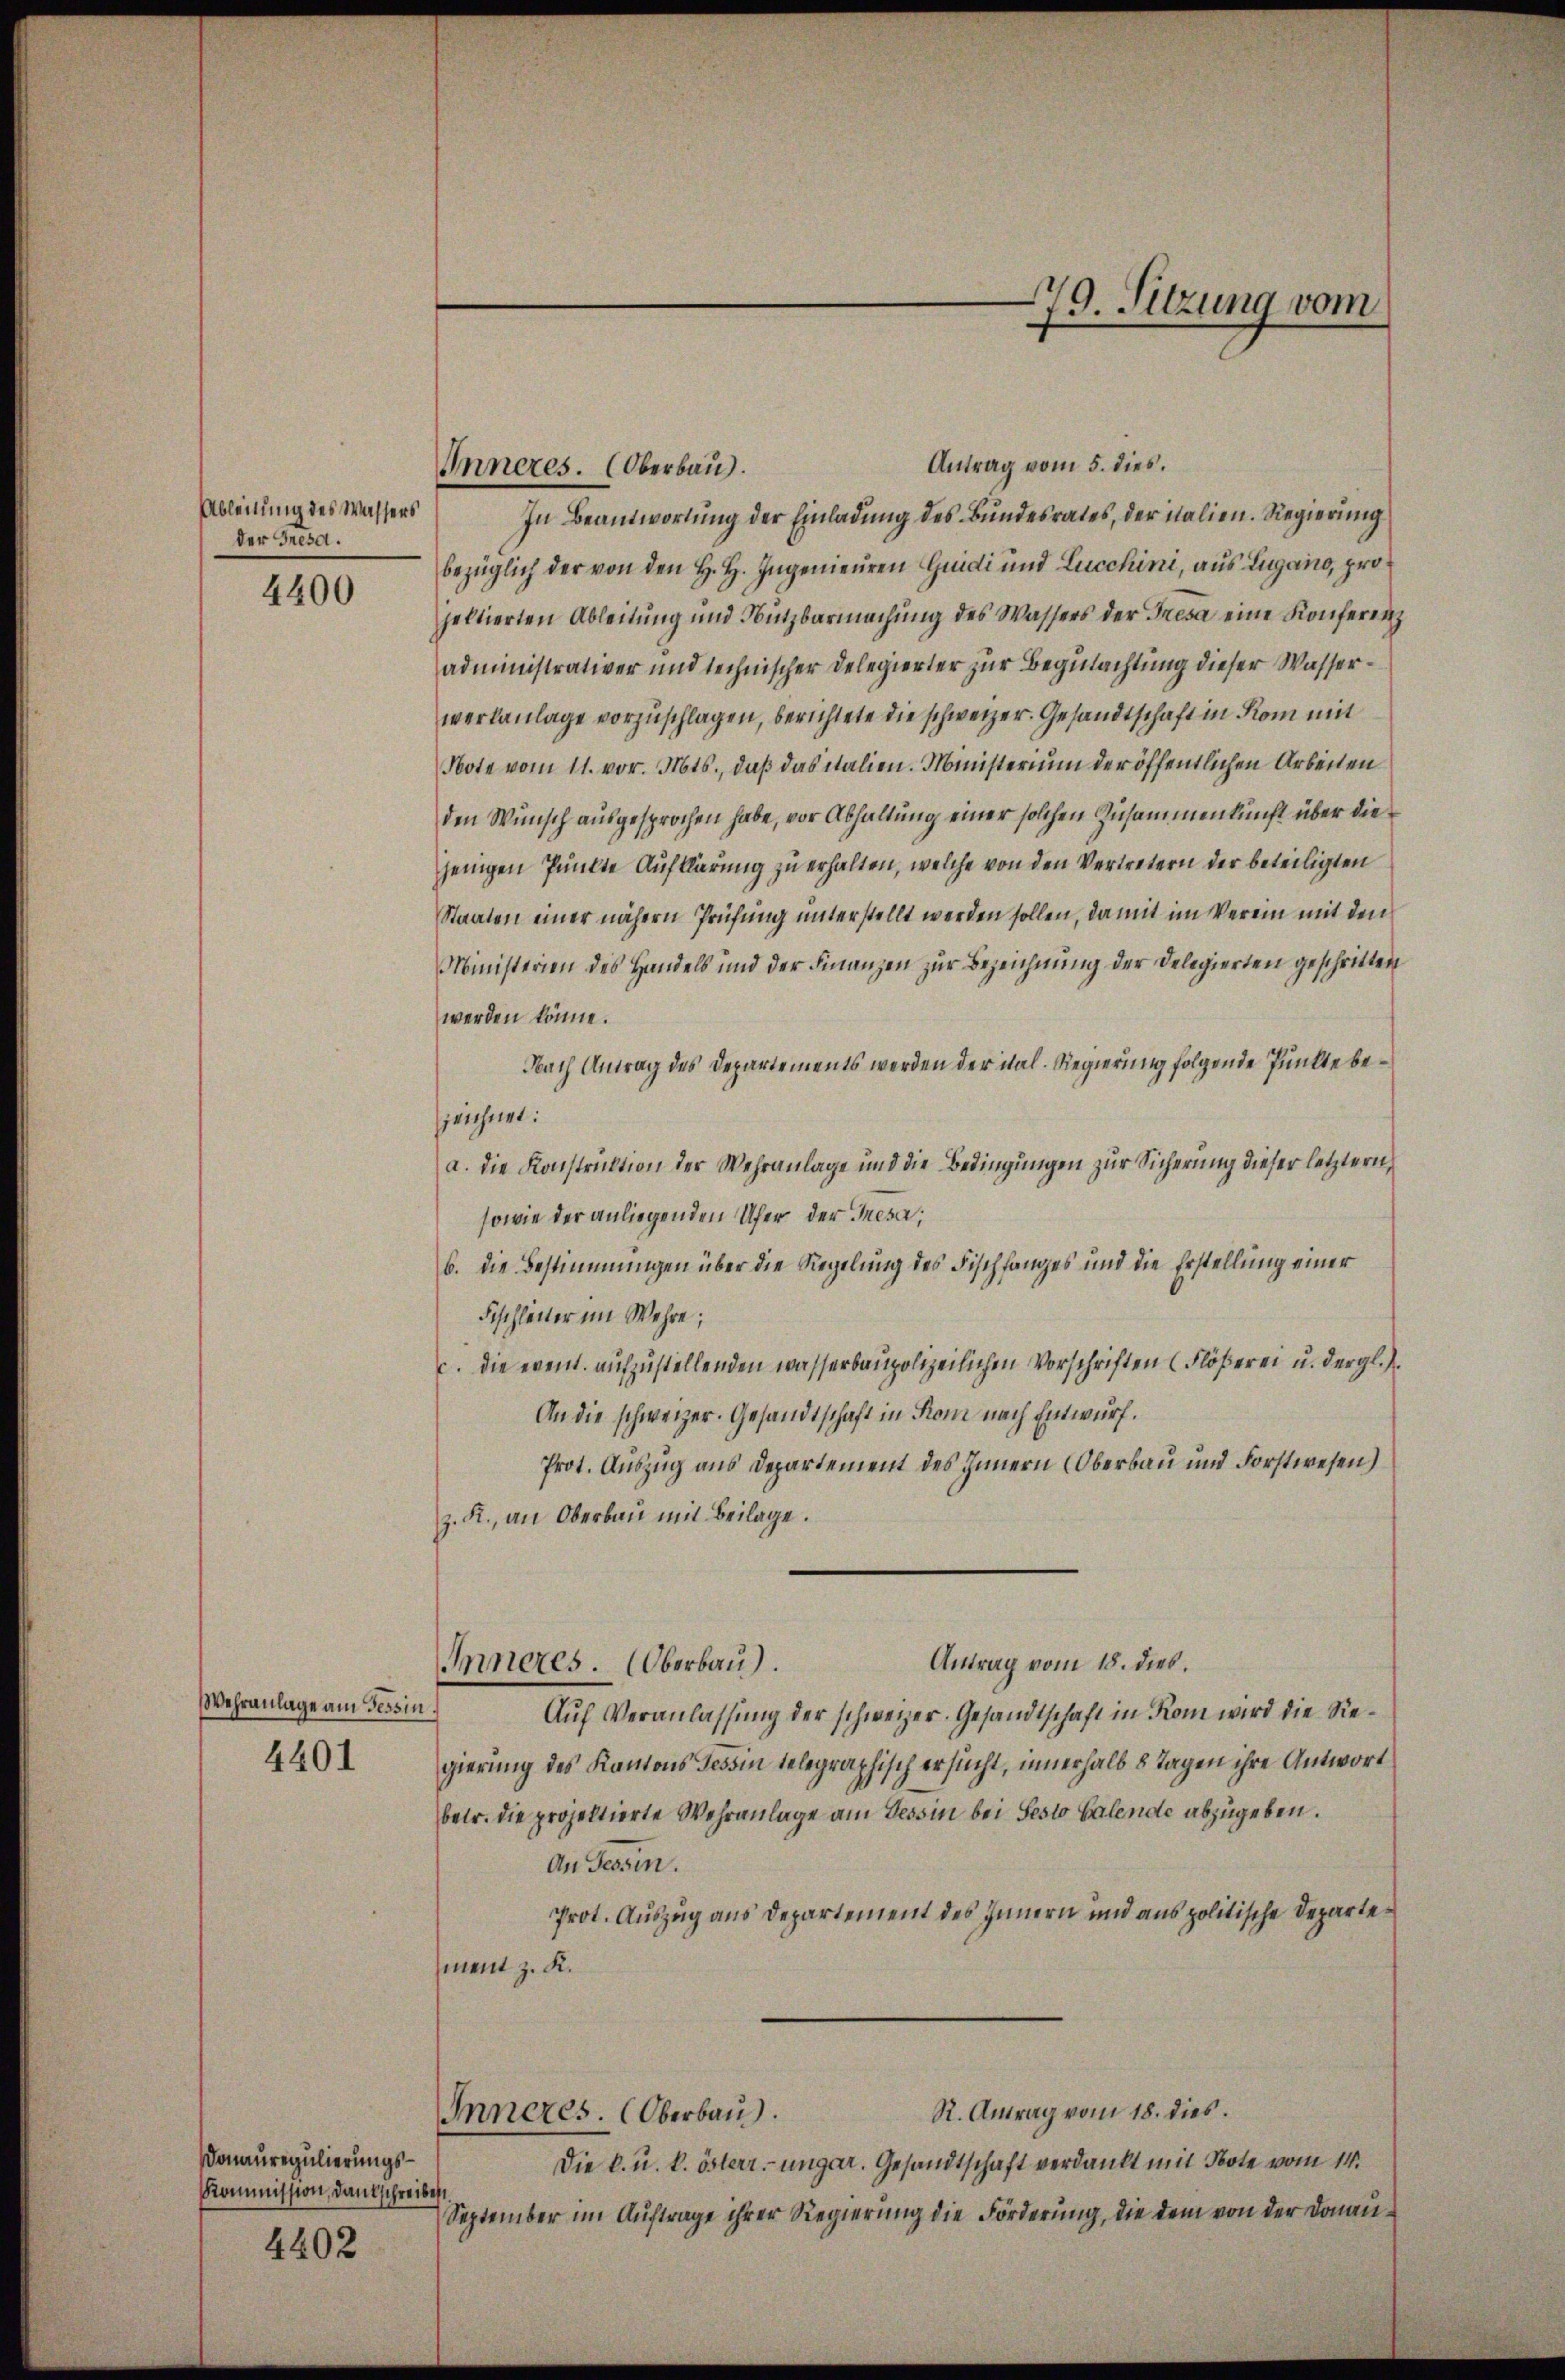
4400

Wehranlage am Tessin.

4401

Donauregulierungs¬
Kommission, Dankschreibe
4402

Ableitung des Wassers
der Tresa.

Antrag vom 5. dies.
Inneres. (Oberbau
In Beantwortung der Einladung des Bundesrates, der nalien. Regierung
bezüglich der von den H. H. Ingenieuren Grundi und Lucchini, aus Lugano, projeltierten Ableitung und Nutzbarmachung des Wassers der Tresa eine Konferenz
administrativer und technischer Delegierter zur Begutachtung dieser Wasserwerkanlage vorzuschlagen, berichtete die schweizer. Gesandtschaft in Rom mit
Note vom 11. vor. Mts., daß das italien. Ministerium der öffentlichen Arbeiten
den Wunsch ausgesprochen habe, vor Abhaltung einer solchen Zusammenkunft über die
jenigen Punkte Aufklärung zu erhalten, welche von den Vertretern der beteiligten
Staaten einer nähern Prüfung unterstellt werden sollen, damit im Verein mit den
Ministerien des Handels und der Finanzen zur Bezeichnung der Delegierten geschritten
werden könne.
Nach Antrag des Departements werden der ital. Regierung folgende Punkte bezzeichnet:
a. die Konstruktion der Wehranlage und die Bedingungen zur Sicherung dieser letztern,
sowie der anliegenden Ufer der Inesa;
b. die Bestimmungen über die Regelung des Fischfanges und die Erstellung einer
Fischleiter im Wehre;
c. die event. aufzustellenden wasserbaupolizeilichen Vorschriften (Flößerei u. dergl.
An die schweizer. Gesandtschaft in Rom nach Entwurf.
Prot. Auszug aus Departement des Innern Oberbau und Forstwesen)
z. R., an Oberbau mit Beilage.
Antrag vom 18. dies.
Inneres. Oberbau).
Auf Veranlassung der schweizer. Gesandtschaft in Rom wird die Regierung des Kantons Tessin telegraphisch ersucht, innerhalb 8 Tagen ihre Antwort
betr. die projektierte Wehranlage am Tessin bei Pesto Galende abzugeben.
An Tessin.
Prot. Auszug aus Departement des Innern und aus politische Departesment z. K.
R. Antrag vom 18. dies.
Inneres. (Oberbau
Die k. u. k. österr. ungar. Gesandtschaft verdankt mit Bote vom 14.
September im Auftrage ihrer Regierung die Förderung, die dem von der Donan¬

79. Sitzung vom